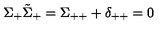
\Sigma _ { + } \tilde { \Sigma } _ { + } = \Sigma _ { + + } + \delta _ { + + } = 0